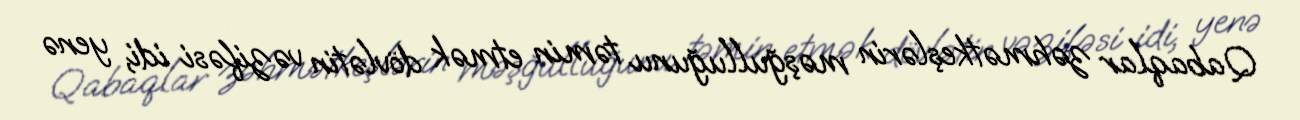
Qabaqlar zəhmətkeşlərin məşğulluğunu təmin etmək dövlətin vəzifəsi idi, yenə